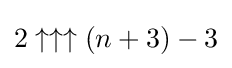
2\uparrow \uparrow \uparrow (n+3)-3